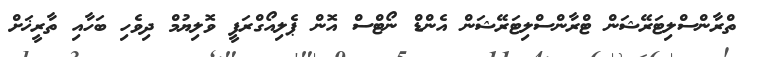
ތްރާންސްލިޓަރޭޝަން ޓްރާންސްލިޓަރޭޝަން އެންޑް ނޯޓްސް އޮން ޕެލިއޯގްރަފީ ވޮލިޔުމް ދިވެހި ބަހާއި ތާރީޚަށް